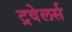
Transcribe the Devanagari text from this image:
ट्रवेलर्स